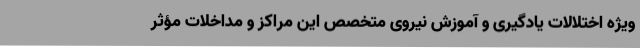
ویژه اختلالات یادگیری و آموزش نیروی متخصص این مراکز و مداخلات مؤثر